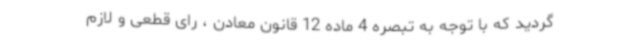
گردید که با توجه به تبصره 4 ماده 12 قانون معادن ، رای قطعی و لازم